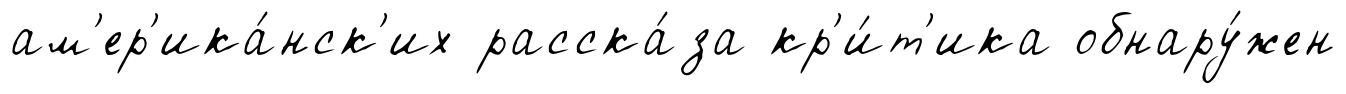
ам'ер'ика́нск'их расска́за кр'и́т'ика обнару́жен